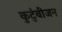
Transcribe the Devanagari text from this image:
कुटुंबीजन